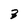
Character: 3